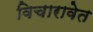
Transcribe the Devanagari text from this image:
विचारावेत